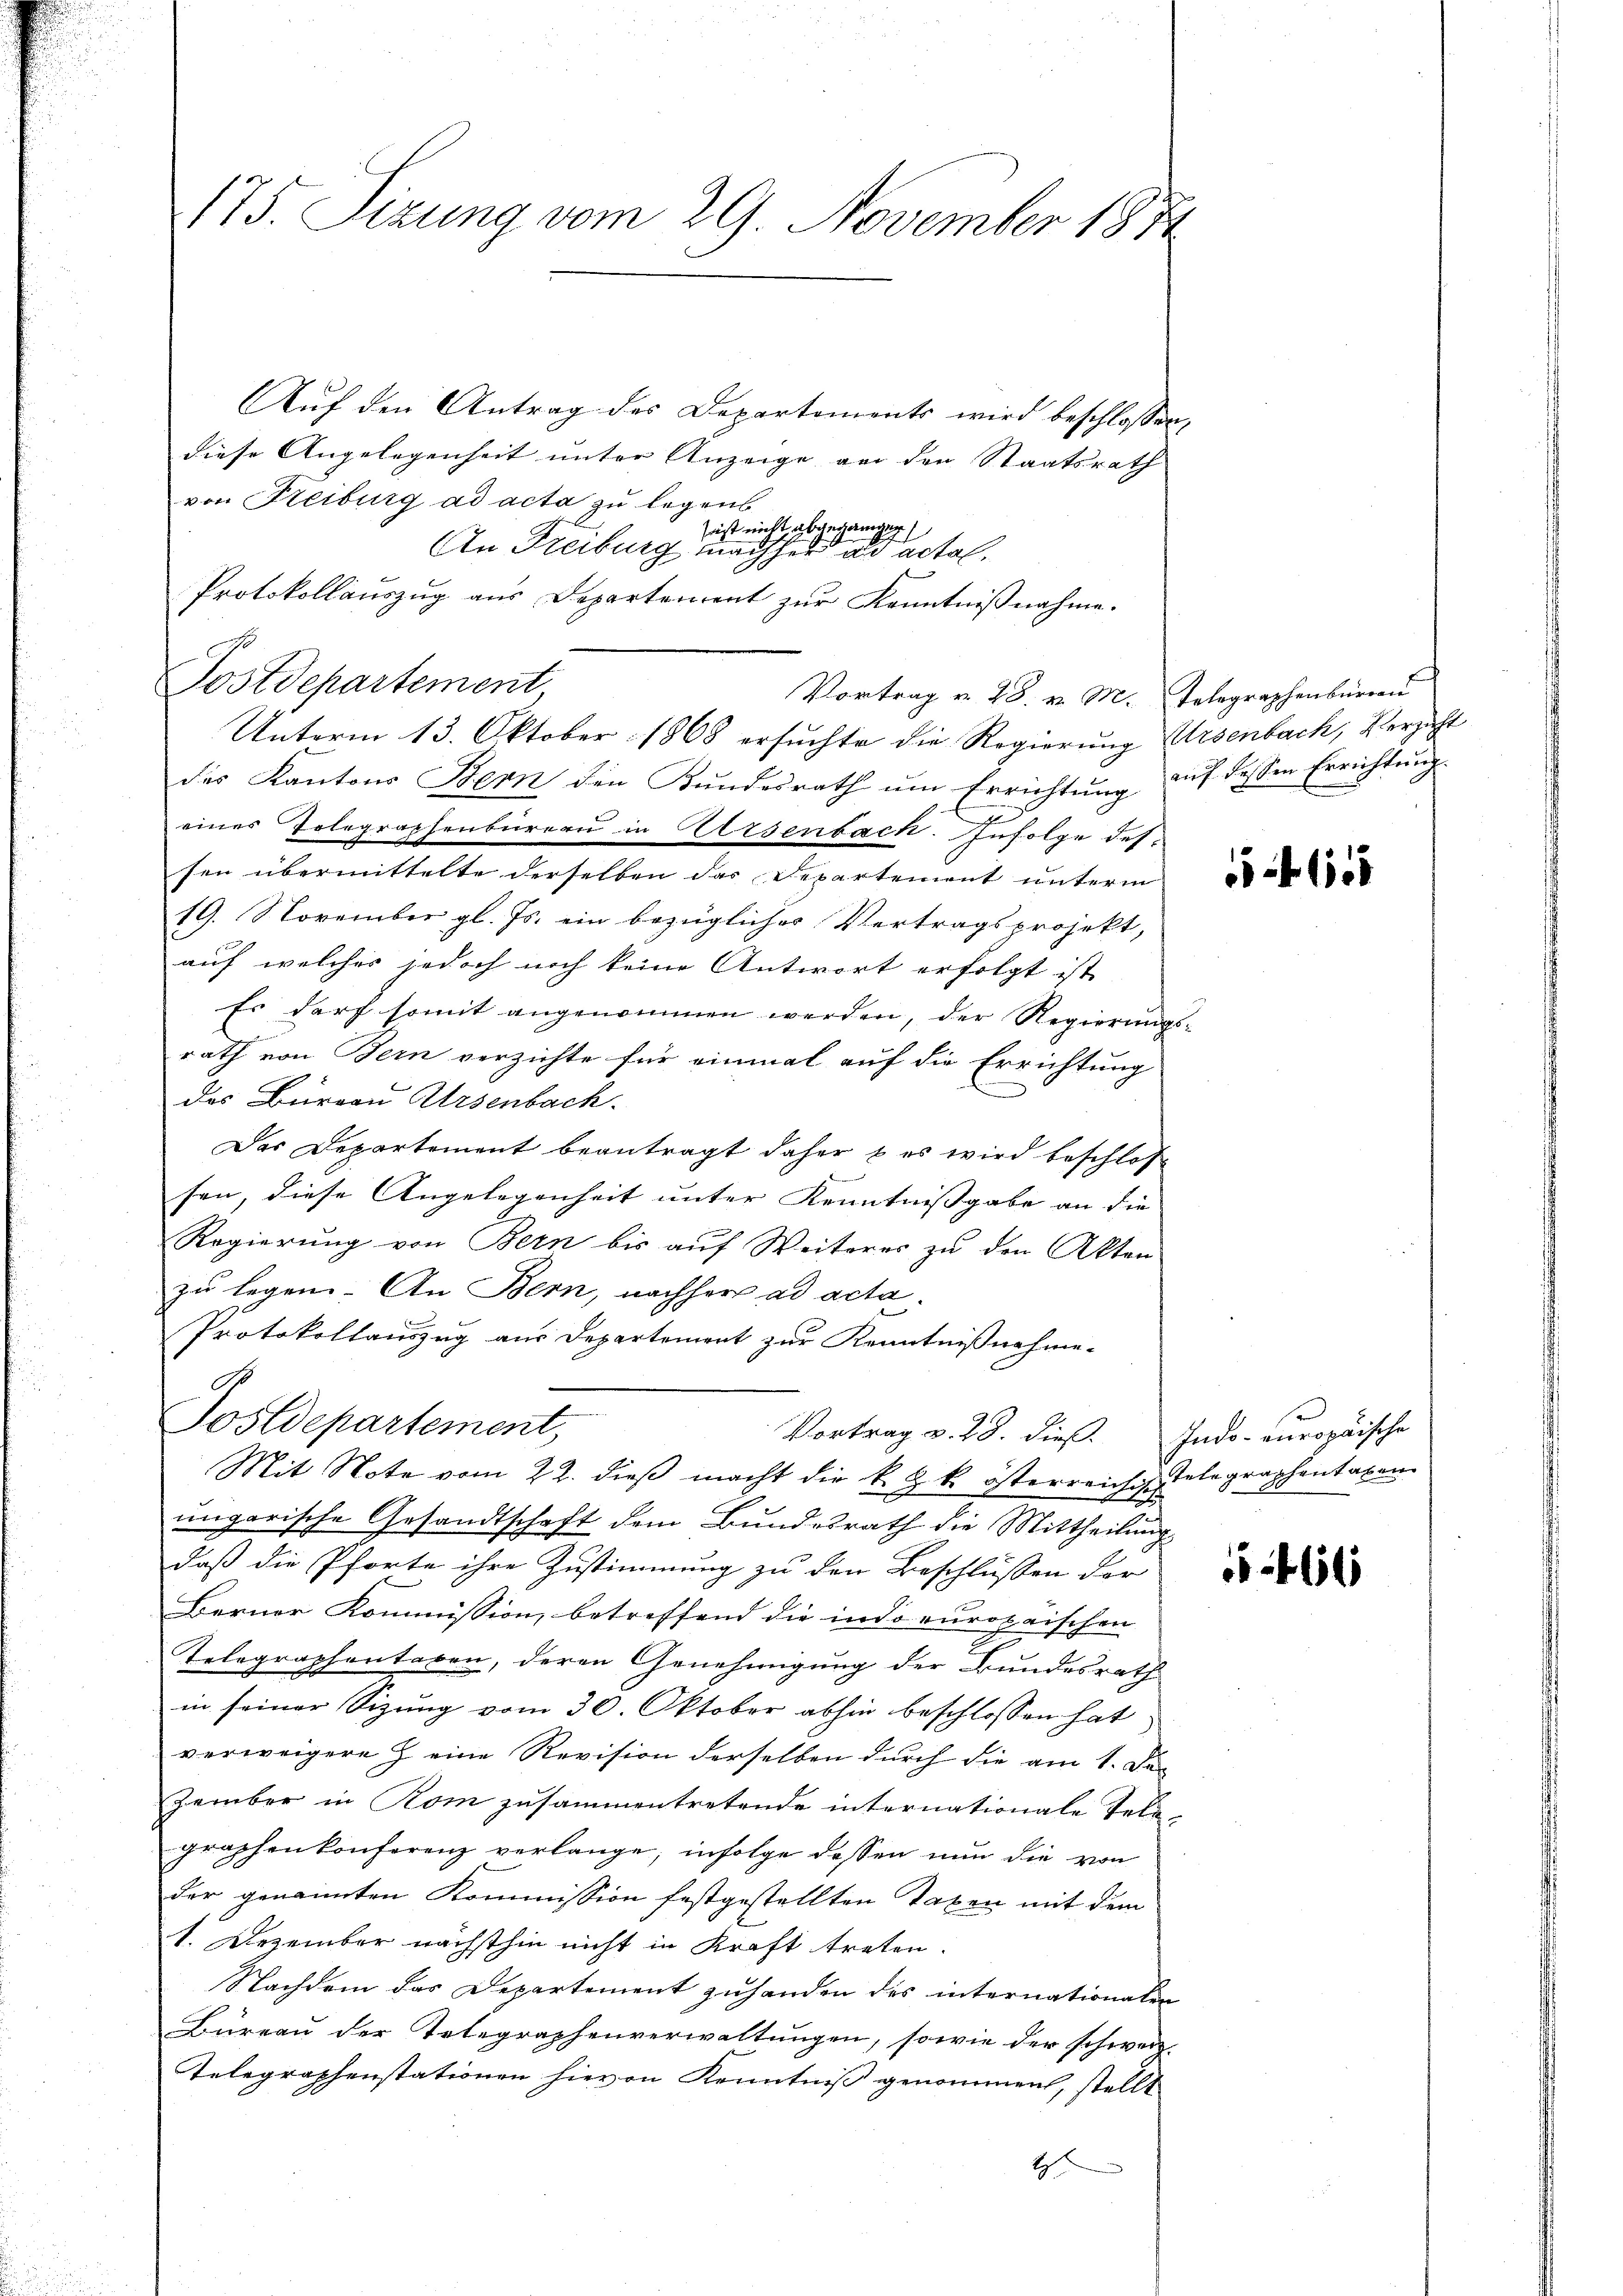
175. Sizung vom 29. November 1874

Auf den Antrag des Departements wird beschlossen
diese Angelegenheit unter Anzeige an den Staatsrath
von Freiburg ad acta zu legens
Postdepartement
Unterm 13. Oktober 1868 ersuchte die Regierung Ursenbach, Verzicht
des Kantons Bern den Kundesrath um Errichtung auf dessen Errichtung
eines Telegraphenbureau in Keisenbach. Infolge dessen übermittelte derselben das Departement unterm
19. November gl. Js. ein bezügliches Vertragsprojekt,
u
auf welches jedoch noch keine Antwort erfolgt ist
Es darf somit angenommen werden, der Regierungsrath von Bern verzichte für einmal auf die Errichtung
des Büreau Arsenbach.
Das Departement beantragt daher, b es wird beschloß

sen, diese Angelegenheit unter Kenntnissgabe an die
Regierŭng von Bern bis aŭf Weiterer zŭ den Akten
zu legen. An Bern, nachher ad acta.
Protokollauszug aus Departement zur Kenntnißnahme-
Postdepartement,
Vortrag v. 28. dieß. Indo- europäische
Mit Note vom 22. dieß macht die k. k. k. österreich telegraphentaxen
ungarische Gesandtschaft dem Bundesrath die Mittheilung
daß die Pforte ihre Zustimmung zu den Beschlüssen der
Berner Kommission, betreffend die indo europaischen
Telegraphentaren, deren Genehmigung der Bundesrath
in seiner Sizung vom 30. Oktober abhin beschlossen hat.
verweigere Zeine Revision derselben durch die am 1. Der
zember in Rom zusammentretende internationale Telegraphenkonferenz verlange, infolge dessen nun die von
der genannten Kommission festgestellten Taxen mit dem
1. Dezember nächsthin nicht in Kraft treten.
Nachdem das Departement zuhanden des internationalen
Büreau der Telegraphenverwaltungen, sowie der schweiz.
Telegraphenstationen hievon Kenntniß genommen, stellt
t

sast nicht abgegangen
An Freiburg machher ad actal.
Protokollauszug aus Departement zur Kenntnißnahme.
Vortrag v. 28. v. M. Telegraphenburgau

2

s

466